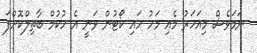
ނަމަވެސް މިއަހަރު މެއި މަހު ހައި ކޯޓުން ވަނީ އެ ހުކުމް ބާތިލްކޮށްފަ